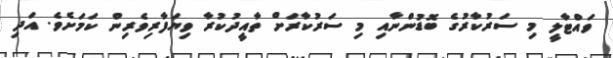
ވައްޓާލީ މި ސަރުކާރުގެ ބޮޑުންނާއި މި ސަރުކާރަށް ތާއީދުކުރާ ވިޔަފާރިވެރިން ކަމަށެވެ. އަދި